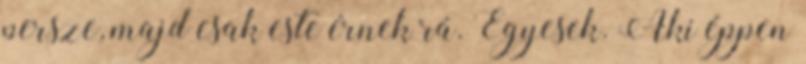
persze, majd csak este érnek rá. Egyesek. Aki éppen